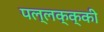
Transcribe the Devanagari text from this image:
पल्लक्क्की